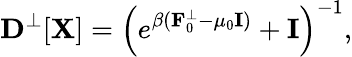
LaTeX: {\displaystyle{\mathbf D}^{\perp}[{\mathbf X}]=\left(e^{\beta({\mathbf F}_{0}^{\perp}-\mu_{0}{\mathbf I})}+{\mathbf I}\right)^{-1}},